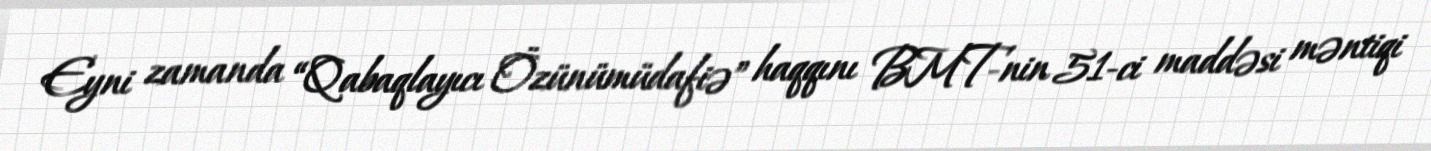
Eyni zamanda “Qabaqlayıcı Özünümüdafiə” haqqını BMT-nin 51-ci maddəsi məntiqi